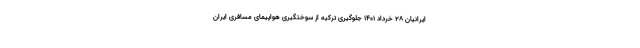
ایرانیان 28 خرداد 1401 جلوگیری ترکیه از سوختگیری هواپیمای مسافری ایران